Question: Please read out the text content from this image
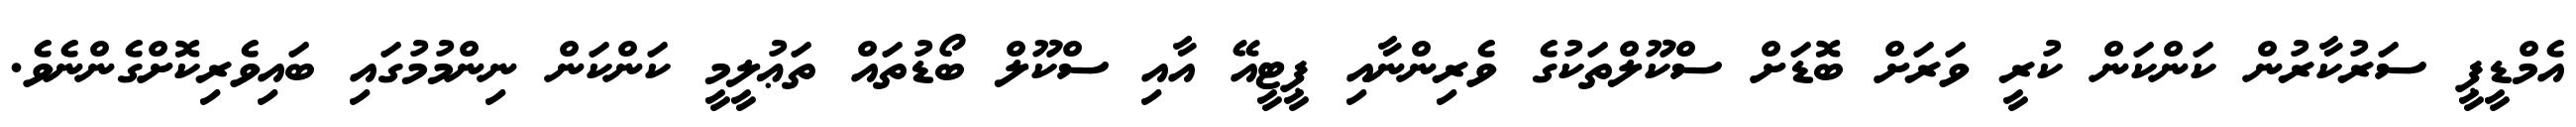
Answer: އެމްޑީޕީ ސަރުކާރުން ކަންކަން ކުރީ ވަރަށް ބޮޑަށް ސްކޫލްތަކުގެ ވެރިންނާއި ޕީޓީއޭ އާއި ސްކޫލް ބޯޑުތައް ތަޢުލީމީ ކަންކަން ނިންމުމުގައި ބައިވެރިކޮށްގެންނެވެ.